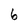
Character: 6